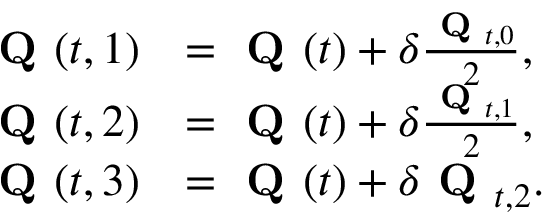
\begin{array} { r l } { \textbf { Q } ( t , { 1 } ) } & { = \textbf { Q } ( t ) + \delta \frac { \textbf { Q } _ { t , 0 } } { 2 } , } \\ { \textbf { Q } ( t , { 2 } ) } & { = \textbf { Q } ( t ) + \delta \frac { \textbf { Q } _ { t , 1 } } { 2 } , } \\ { \textbf { Q } ( t , { 3 } ) } & { = \textbf { Q } ( t ) + \delta \textbf { Q } _ { t , 2 } . } \end{array}